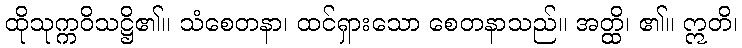
ထိုသုက္ကဝိသဋ္ဌိ၏။ သံစေတနာ၊ ထင်ရှားသော စေတနာသည်။ အတ္ထိ၊ ၏။ ဣတိ၊